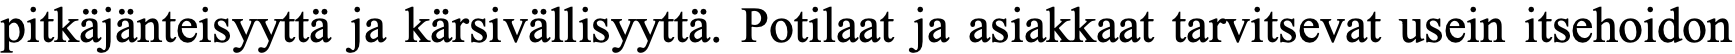
pitkäjänteisyyttä ja kärsivällisyyttä. Potilaat ja asiakkaat tarvitsevat usein itsehoidon